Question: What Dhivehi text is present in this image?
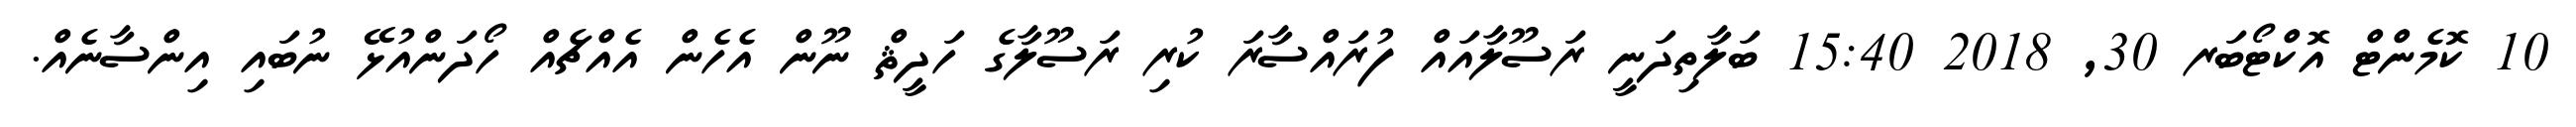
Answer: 10 ކޮމެންޓް އޮކްޓޯބަރ 30, 2018 15:40 ބަލާތިދަނީ ރަސޫލާއައް ފުރައްސާރަ ކުރި ރަސޫލާގެ ހަދީޘް ނޫން އެހެން އެއްޗެއް ހޯދަންއުޅޭ ނުބައި އިންސާނެއް.